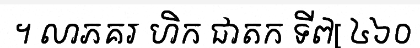
។ លាភគរ ហិក ជាតក ទី៧[ ៤៦០